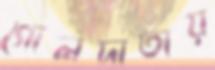
গোলদাতায়